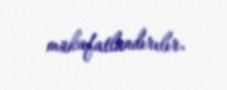
mükafatlandırılır.